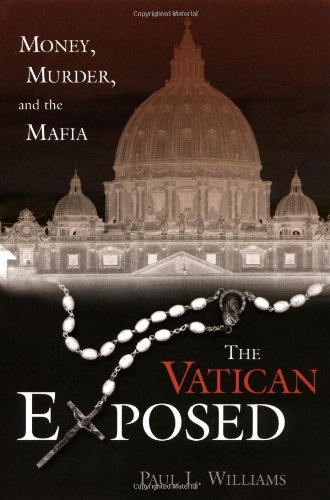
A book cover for The Vatican Exposed: Money, Murder, and the Mafia; Paul L. Williams; History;